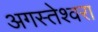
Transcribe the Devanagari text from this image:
अगस्‍तेश्‍वरा